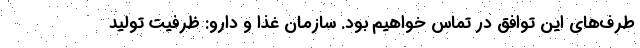
طرف‌های این توافق در تماس خواهیم بود. سازمان غذا و دارو: ظرفیت تولید